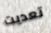
تعديت